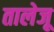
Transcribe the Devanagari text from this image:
तालेजू